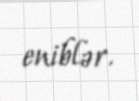
eniblər.